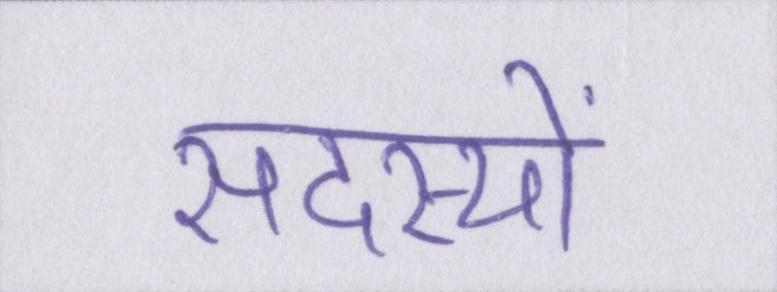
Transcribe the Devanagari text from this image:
सदस्यों